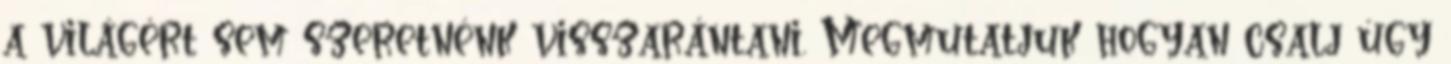
a világért sem szeretnénk visszarántani. Megmutatjuk hogyan csalj úgy